Indian journal of veterinary science and animal husbandry - Volume 3,
Year: 1933
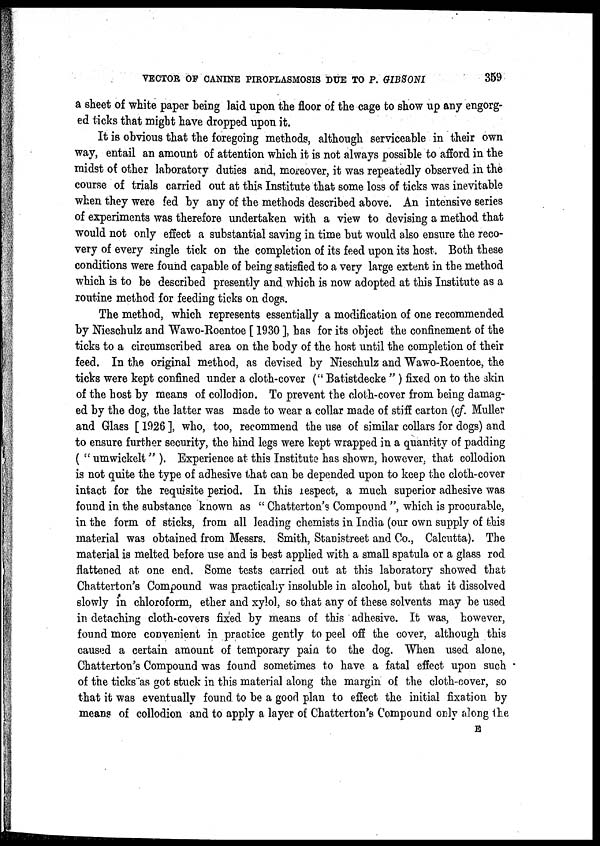
VECTOR OF CANINE PIROPLASMOSIS DUE TO P. GIBSONI
359
a sheet of white paper being laid upon the floor of the cage to show up any engorg-
ed ticks that might have dropped upon it.
It is obvious that the foregoing methods, although serviceable in their own
way, entail an amount of attention which it is not always possible to afford in the
midst of other laboratory duties and, moreover, it was repeatedly observed in the
course of trials carried out at this Institute that some loss of ticks was inevitable
when they were fed by any of the methods described above. An intensive series
of experiments was therefore undertaken with a view to devising a method that
would not only effect a substantial saving in time but would also ensure the reco-
very of every single tick on the completion of its feed upon its host. Both these
conditions were found capable of being satisfied to a very large extent in the method
which is to be described presently and which is now adopted at this Institute as a
routine method for feeding ticks on dogs.
The method, which represents essentially a modification of one recommended
by Nieschulz and Wawo-Roentoe [ 1930 ], has for its object the confinement of the
ticks to a circumscribed area on the body of the host until the completion of their
feed. In the original method, as devised by Nieschulz and Wawo-Roentoe, the
ticks were kept confined under a cloth-cover (" Batistdecke " ) fixed on to the skin
of the host by means of collodion. To prevent the cloth-cover from being damag-
ed by the dog, the latter was made to wear a collar made of stiff carton (of. Muller
and Glass [ 1926 ], who, too, recommend the use of similar collars for dogs) and
to ensure further security, the hind legs were kept wrapped in a quantity of padding
( " umwickelt" ). Experience at this Institute has shown, however, that collodion
is not quite the type of adhesive that can be depended upon to keep the cloth-cover
intact for the requisite period. In this respect, a much superior adhesive was
found in the substance known as " Chatterton's Compound ", which is procurable,
in the form of sticks, from all leading chemists in India (our own supply of this
material was obtained from Messrs. Smith, Stanistreet and Co., Calcutta). The
material is melted before use and is best applied with a small spatula or a glass rod
flattened at one end. Some tests carried out at this laboratory showed that
Chatterton's Compound was practically insoluble in alcohol, but that it dissolved
slowly in chloroform, ether and xylol, so that any of these solvents may be used
in detaching cloth-covers fixed by means of this adhesive. It was, however,
found more convenient in practice gently to peel off the cover, although this
caused a certain amount of temporary pain to the dog. When used alone,
Chatterton's Compound was found sometimes to have a fatal effect upon such
of the ticks as got stuck in this material along the margin of the cloth cover, so
that it was eventually found to be a good plan to effect the initial fixation by
means of collodion and to apply a layer of Chatterton's Compound only along the
E